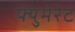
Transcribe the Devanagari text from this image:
फ्युमेरेट